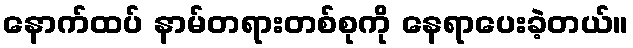
နောက်ထပ် နာမ်တရားတစ်စုကို နေရာပေးခဲ့တယ်။